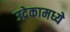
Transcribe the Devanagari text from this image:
उद्रेकामध्ये